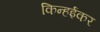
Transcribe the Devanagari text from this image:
किन्हईकर